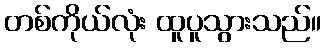
တစ်ကိုယ်လုံး ထူပူသွားသည်။